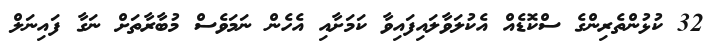
32 ކުޅުންތެރިންގެ ސްކޮޑެއް އެކުލަވާލައިފައިވާ ކަމަށާއި އެހެން ނަމަވެސް މުބާރާތަށް ނަގާ ފައިނަލް